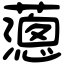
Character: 𦿞